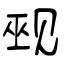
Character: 觋